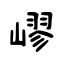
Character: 嵺